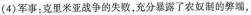
(4)军事；克里米亚战争的失败，充分暴露了农奴制的弊端，